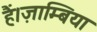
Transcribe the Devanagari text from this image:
हैं।ज़ाम्बिया